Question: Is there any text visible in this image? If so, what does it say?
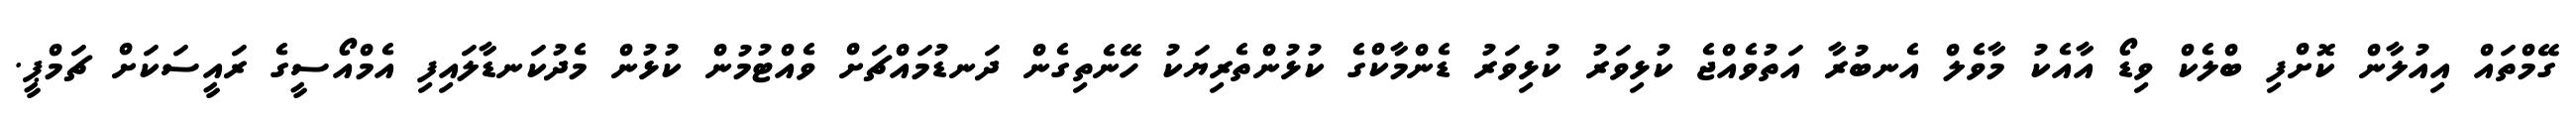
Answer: ގޭމްތައް އިއުލާން ކޮށްފި ބްލެކް ވިޑޯ އާއެކު މާވެލް އެނބުރާ އަތުވެއްޖެ ކުޅިވަރު ކުޅިވަރު ޑެންމާކްގެ ކުޅުންތެރިޔަކު ހޭނެތިގެން ދަނޑުމައްޗަށް ވެއްޓުމުން ކުޅުން މެދުކަނޑާލައިފި އެމްއޯސީގެ ރައީސަކަށް ޗަމްޕީ.